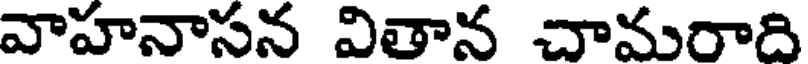
వాహనాసన వితాన చామరాది